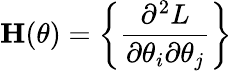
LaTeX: \mathbf{H}(\theta)=\left\{ {\frac{\partial^{2}L}{\partial\theta_{i}\partial\theta_{j}}}\right\}